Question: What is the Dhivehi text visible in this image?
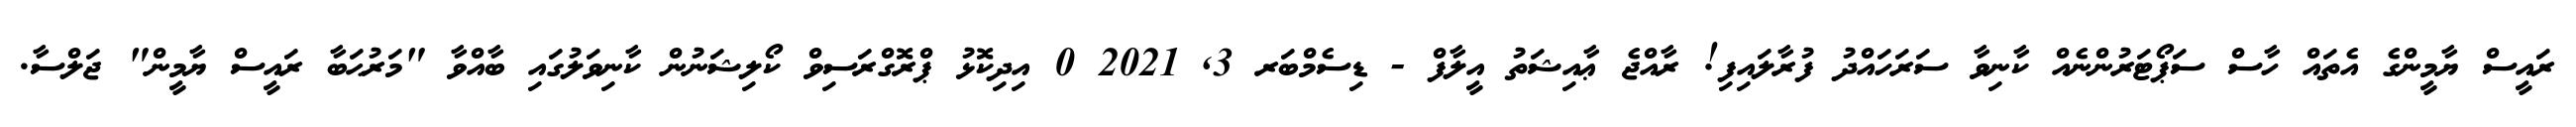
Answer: ރައީސް ޔާމީންގެ އެތައް ހާސް ސަޕޯޓަރުންނެއް ކާނިވާ ސަރަހައްދު ފުރާލައިފި! ރާއްޖެ ޢާއިޝަތު އީލާފް - ޑިސެމްބަރ 3, 2021 0 އިދިކޮޅު ޕްރޮގްރަސިވް ކޯލިޝަނުން ކާނިވަލުގައި ބާއްވާ "މަރުޙަބާ ރައީސް ޔާމީން" ޖަލްސާ.